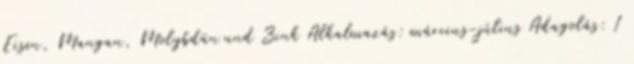
Eisen, Mangan, Molybdän und Zink Alkalmazás: március-július Adagolás: 1